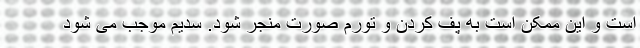
است و این ممکن است به پف کردن و تورم صورت منجر شود. سدیم موجب می شود